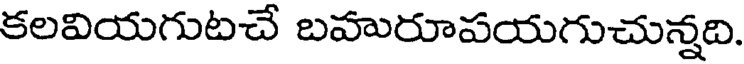
కలవియగుటచే బహురూపయగుచున్నది.